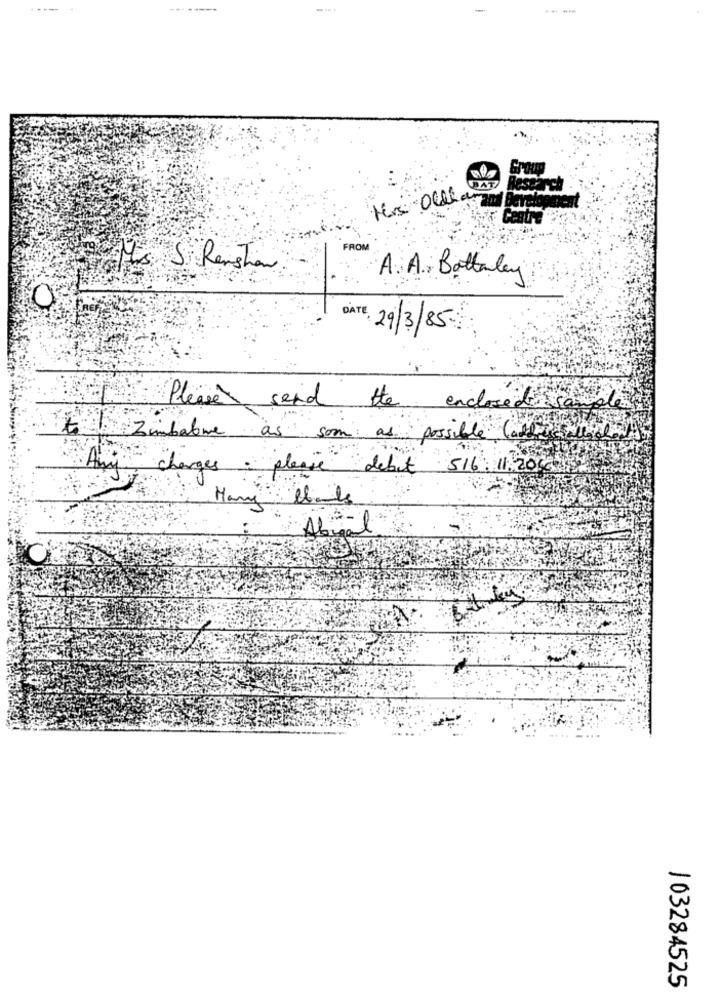
----
WAT
Hrs Olla
FROM
It's S RensThan
A. A. Battaley
DATE: 29/3/85:
Please send the enclosed sample
to Zimbabwe as son as possible caff)
charges: please debit 516.11.2016
Anj
Many thanks
Abril
103284525